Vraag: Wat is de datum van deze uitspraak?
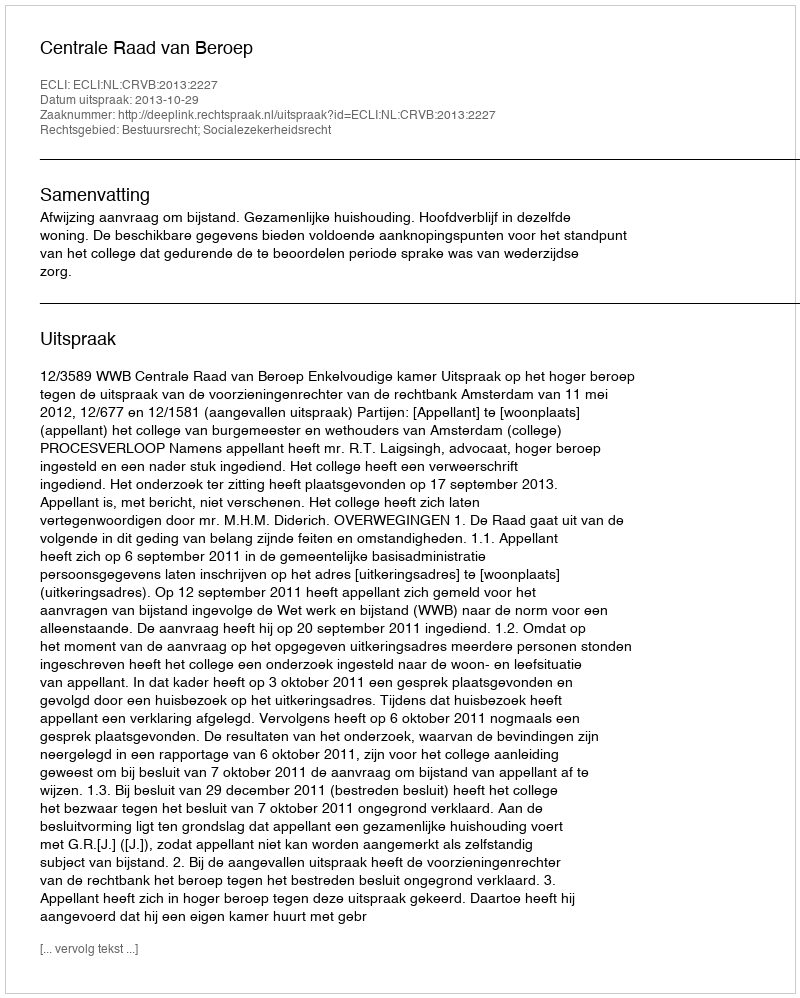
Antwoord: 2013-10-29